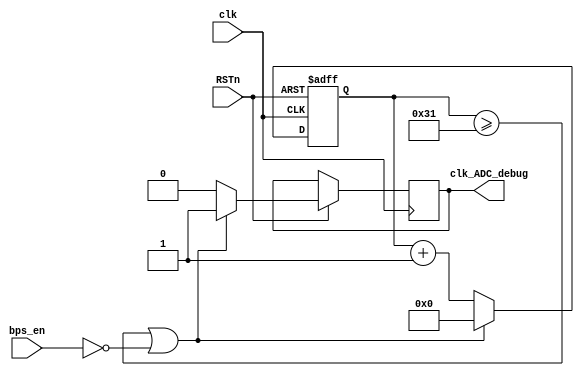

module clkADC_debug_pwm #(parameter BPS_PARA = 50) (
    input      bps_en       ,
    input      clk          ,
    input      RSTn         ,
    output reg clk_ADC_debug
);

    reg [12:0] cnt = 0;

    always @ (posedge clk or negedge RSTn) begin
        if(~RSTn) cnt <= 13'b0;
        else if((cnt >= BPS_PARA-1)||(!bps_en)) begin
            cnt           <= 13'b0;
            clk_ADC_debug <= 1'b1;
        end
        else begin cnt <= cnt + 1'b1;clk_ADC_debug <= 1'b0; end
    end

 
endmodule